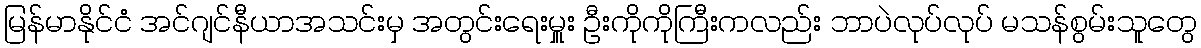
မြန်မာနိုင်ငံ အင်ဂျင်နီယာအသင်းမှ အတွင်းရေးမှူး ဦးကိုကိုကြီးကလည်း ဘာပဲလုပ်လုပ် မသန်စွမ်းသူတွေ